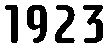
1923